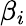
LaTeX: \beta_{i}